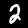
Label: 2